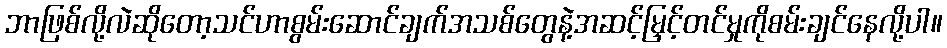
ဘာဖြစ်လို့လဲဆိုတော့သင်ဟာစွမ်းဆောင်ချက်အသစ်တွေနဲ့အဆင့်မြှင့်တင်မှုကိုစမ်းချင်နေလို့ပါ။